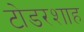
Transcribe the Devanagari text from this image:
टोडरशाह